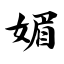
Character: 媚